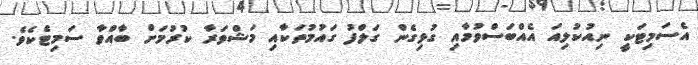
އެސަމިޓަކީ ނިއުކުލިއަ އެއްބަސްވުމާއި ގުޅިގެން ގަލްފު ގައުމުތަކާއި މަޝްވަރާ ކުރުމަށް ބާއްވާ ސަމިޓެކެވެ.